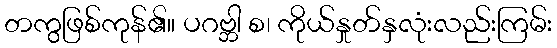
တကွဖြစ်ကုန်၏။ ပဂဗ္ဘါ စ၊ ကိုယ်နှုတ်နှလုံးလည်းကြမ်း